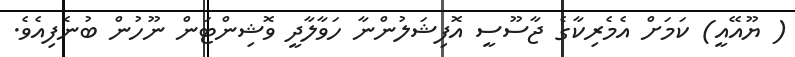
( ޔޫއޭއީ) ކަމަށް އެމެރިކާގެ ޖާސޫސީ އޮފިޝަލުންނާ ހަވާލާދީ ވޮޝިންޓަން ނޫހުން ބުނެފިއެވެ.